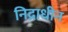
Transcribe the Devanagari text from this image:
निद्राधीन